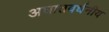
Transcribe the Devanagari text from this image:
अघातवर्धनीय